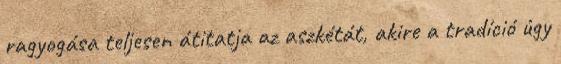
ragyogása teljesen átitatja az aszkétát, akire a tradíció úgy